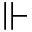
\Vdash